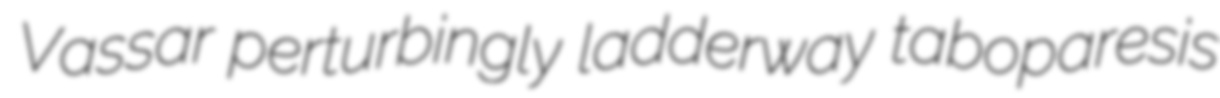
Vassar perturbingly ladderway taboparesis